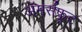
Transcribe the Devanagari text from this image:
अॅमर्सफूट